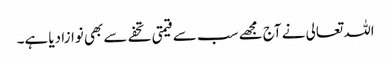
اللہ تعالی نے آج مجھے سب سے قیمتی تحفے سے بھی نوازا دیا ہے۔